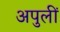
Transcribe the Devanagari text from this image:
अपुलीं